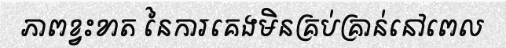
ភាពខ្វះខាត នៃការគេងមិនគ្រប់គ្រាន់នៅពេល